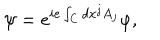
\psi = e ^ { i e \int _ { C } d x ^ { j } A _ { j } } \varphi ,